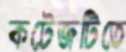
কটেজটিতে